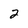
Character: 2